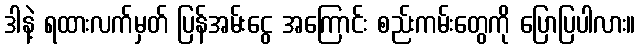
ဒါနဲ့ ရထားလက်မှတ် ပြန်အမ်းငွေ အကြောင်း စည်းကမ်းတွေကို ပြောပြပါလား။